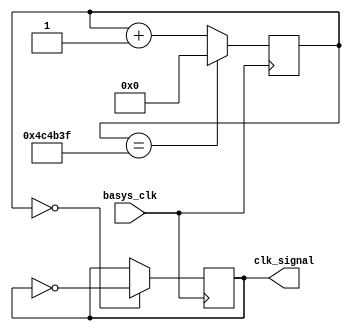
module clk10Hz(
    input basys_clk,
    output clk_signal
    );
    
    reg [31:0] count = 32'd0;
    reg clk_signal = 0;
    always @(posedge basys_clk) begin
        count <= (count == 4999999) ? 0 : count + 1;
        clk_signal <= (count == 0) ? ~clk_signal : clk_signal;
   
    end 
endmodule